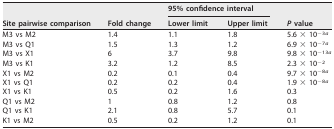
| <ROWSPAN=2> Site pairwise comparison | <ROWSPAN=2> Fold change | <COLSPAN=2> 95% confidence interval | <ROWSPAN=2> P value |
 | Lower limit | Upper limit |
 | --- | --- | --- | --- | --- |
 | M3 vs M2 | 1.4 | 1.1 | 1.8 | 5.6 × 10−3a |
 | M3 vs Q1 | 1.5 | 1.3 | 1.2 | 6.9 × 10−7a |
 | M3 vs X1 | 6 | 3.7 | 9.8 | 9.8 × 10−13a |
 | M3 vs K1 | 3.2 | 1.2 | 8.5 | 2.3 × 10−2 |
 | X1 vs M2 | 0.2 | 0.1 | 0.4 | 9.7 × 10−8a |
 | X1 vs Q1 | 0.2 | 0.2 | 0.4 | 1.9 × 10−8a |
 | X1 vs K1 | 0.5 | 0.2 | 1.6 | 0.3 |
 | Q1 vs M2 | 1 | 0.8 | 1.2 | 0.8 |
 | Q1 vs K1 | 2.1 | 0.8 | 5.7 | 0.1 |
 | K1 vs M2 | 0.5 | 0.2 | 1.2 | 0.1 |